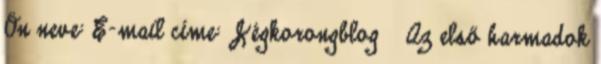
Ön neve: E-mail címe: Jégkorongblog » Az első harmadok